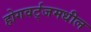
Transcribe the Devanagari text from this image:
होगवर्ट्‌जमधील